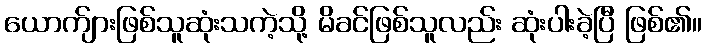
ယောက်ျားဖြစ်သူဆုံးသကဲ့သို့ မိခင်ဖြစ်သူလည်း ဆုံးပါးခဲ့ပြီ ဖြစ်၏။